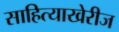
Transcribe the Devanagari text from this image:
साहित्याखेरीज